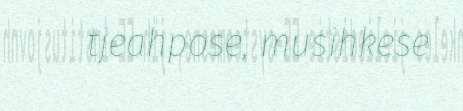
tjeahpose, musihkese